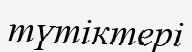
түтіктері